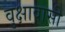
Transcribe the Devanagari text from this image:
वृक्षावासी